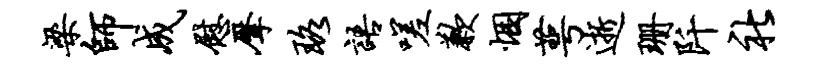
梁师成慰摩珞语嗟歉悃萼逝珊阡社